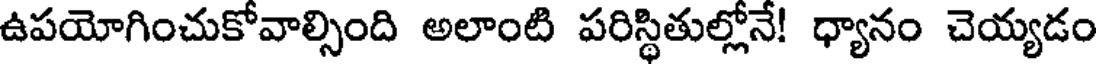
ఉపయోగించుకోవాల్సింది అలాంటి పరిస్థితుల్లోనే! ధ్యానం చెయ్యడం